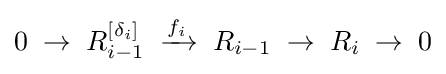
0\;\rightarrow \;R_{i-1}^{[\delta _{i}]}\;\xrightarrow {f_{i}} \;R_{i-1}\;\rightarrow \;R_{i}\;\rightarrow \;0